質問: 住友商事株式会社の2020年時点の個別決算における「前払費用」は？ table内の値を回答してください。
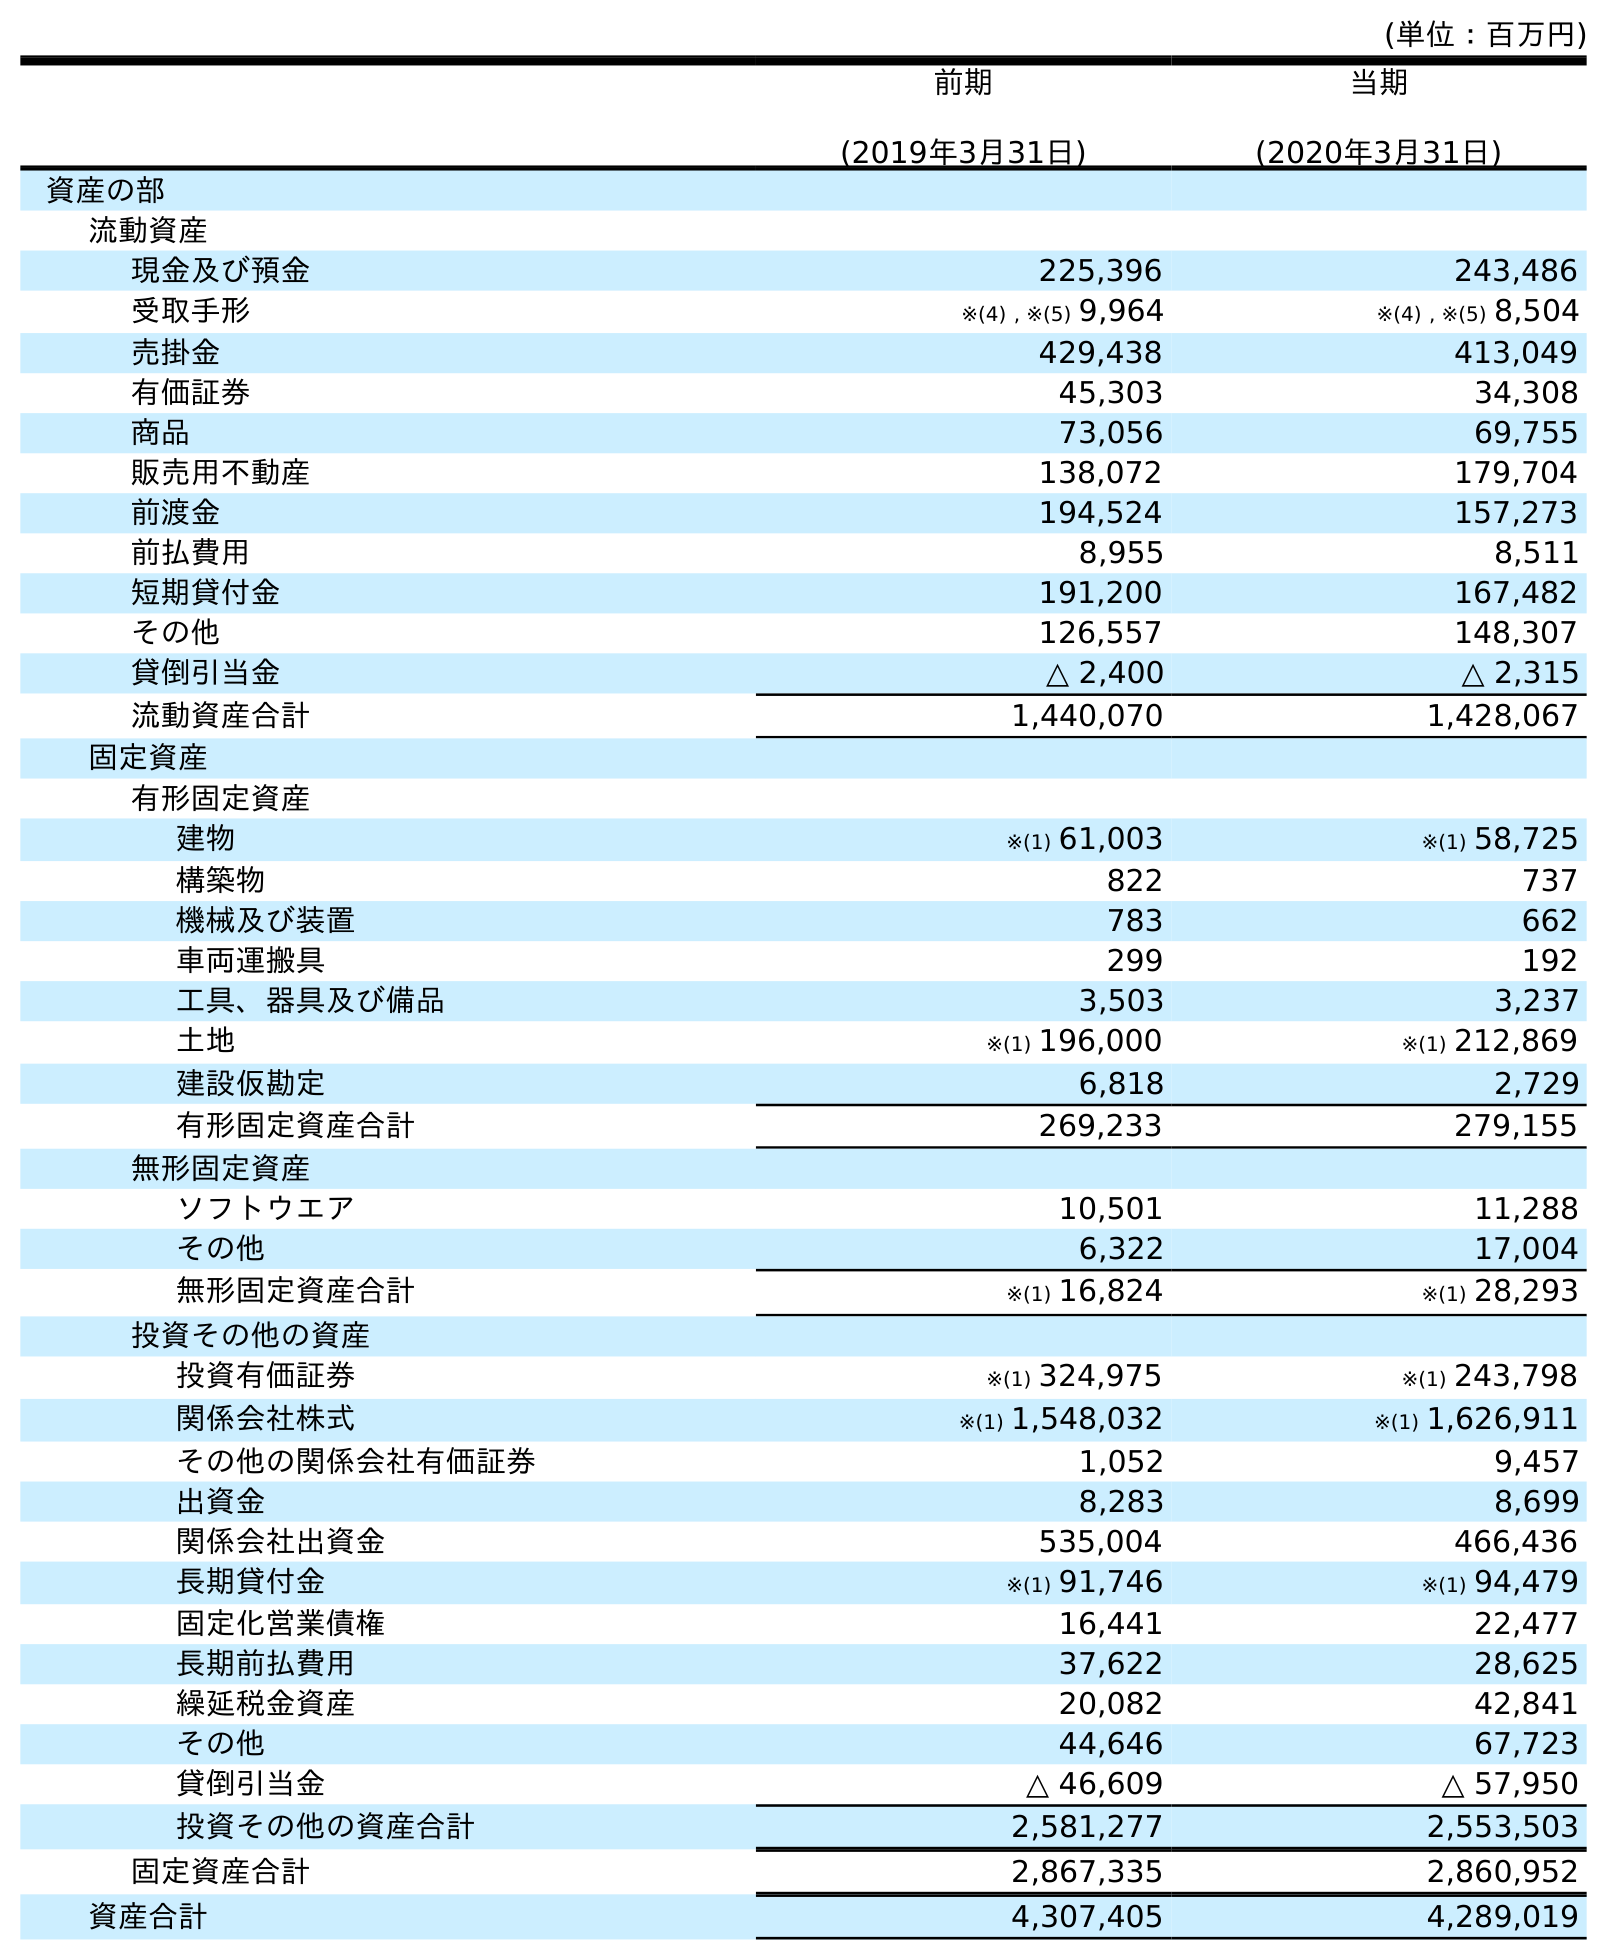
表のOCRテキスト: (単位：百万円) 前期 (2019年3月31日) 当期 (2020年3月31日) 資産の部 流動資産 現金及び預金 225,396 243,486 受取手形 ※(4) , ※(5) 9,964 ※(4) , ※(5) 8,504 売掛金 429,438 413,049 有価証券 45,303 34,308 商品 73,056 69,755 販売用不動産 138,072 179,704 前渡金 194,524 157,273 前払費用 8,955 8,511 短期貸付金 191,200 167,482 その他 126,557 148,307 貸倒引当金 △ 2,400 △ 2,315 流動資産合計 1,440,070 1,428,067 固定資産 有形固定資産 建物 ※(1) 61,003 ※(1) 58,725 構築物 822 737 機械及び装置 783 662 車両運搬具 299 192 工具、器具及び備品 3,503 3,237 土地 ※(1) 196,000 ※(1) 212,869 建設仮勘定 6,818 2,729 有形固定資産合計 269,233 279,155 無形固定資産 ソフトウエア 10,501 11,288 その他 6,322 17,004 無形固定資産合計 ※(1) 16,824 ※(1) 28,293 投資その他の資産 投資有価証券 ※(1) 324,975 ※(1) 243,798 関係会社株式 ※(1) 1,548,032 ※(1) 1,626,911 その他の関係会社有価証券 1,052 9,457 出資金 8,283 8,699 関係会社出資金 535,004 466,436 長期貸付金 ※(1) 91,746 ※(1) 94,479 固定化営業債権 16,441 22,477 長期前払費用 37,622 28,625 繰延税金資産 20,082 42,841 その他 44,646 67,723 貸倒引当金 △ 46,609 △ 57,950 投資その他の資産合計 2,581,277 2,553,503 固定資産合計 2,867,335 2,860,952 資産合計 4,307,405 4,289,019
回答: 8,511